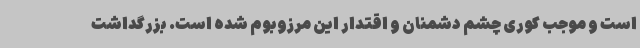
است و موجب کوری چشم دشمنان و اقتدار این مرزوبوم شده است. بزرگداشت